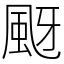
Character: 颬